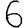
Digit: 6